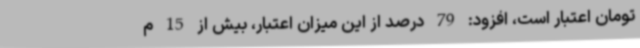
تومان اعتبار است، افزود: 79 درصد از این میزان اعتبار، بیش از 15 م